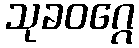
သုခဝဂ္ဂေ